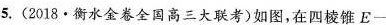
5.(2018·衡水金卷全国高三大联考)如图，在四棱锥E-